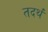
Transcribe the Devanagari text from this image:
तदर्थं